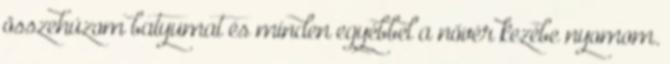
összehúzom batyumat és minden egyébbel a nővér kezébe nyomom.